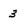
Character: 3